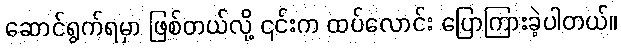
ဆောင်ရွက်ရမှာ ဖြစ်တယ်လို့ ၎င်းက ထပ်လောင်း ပြောကြားခဲ့ပါတယ်။